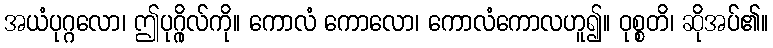
အယံပုဂ္ဂလော၊ ဤပုဂ္ဂိုလ်ကို။ ကောလံ ကောလော၊ ကောလံကောလဟူ၍။ ဝုစ္စတိ၊ ဆိုအပ်၏။